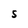
Character: 5